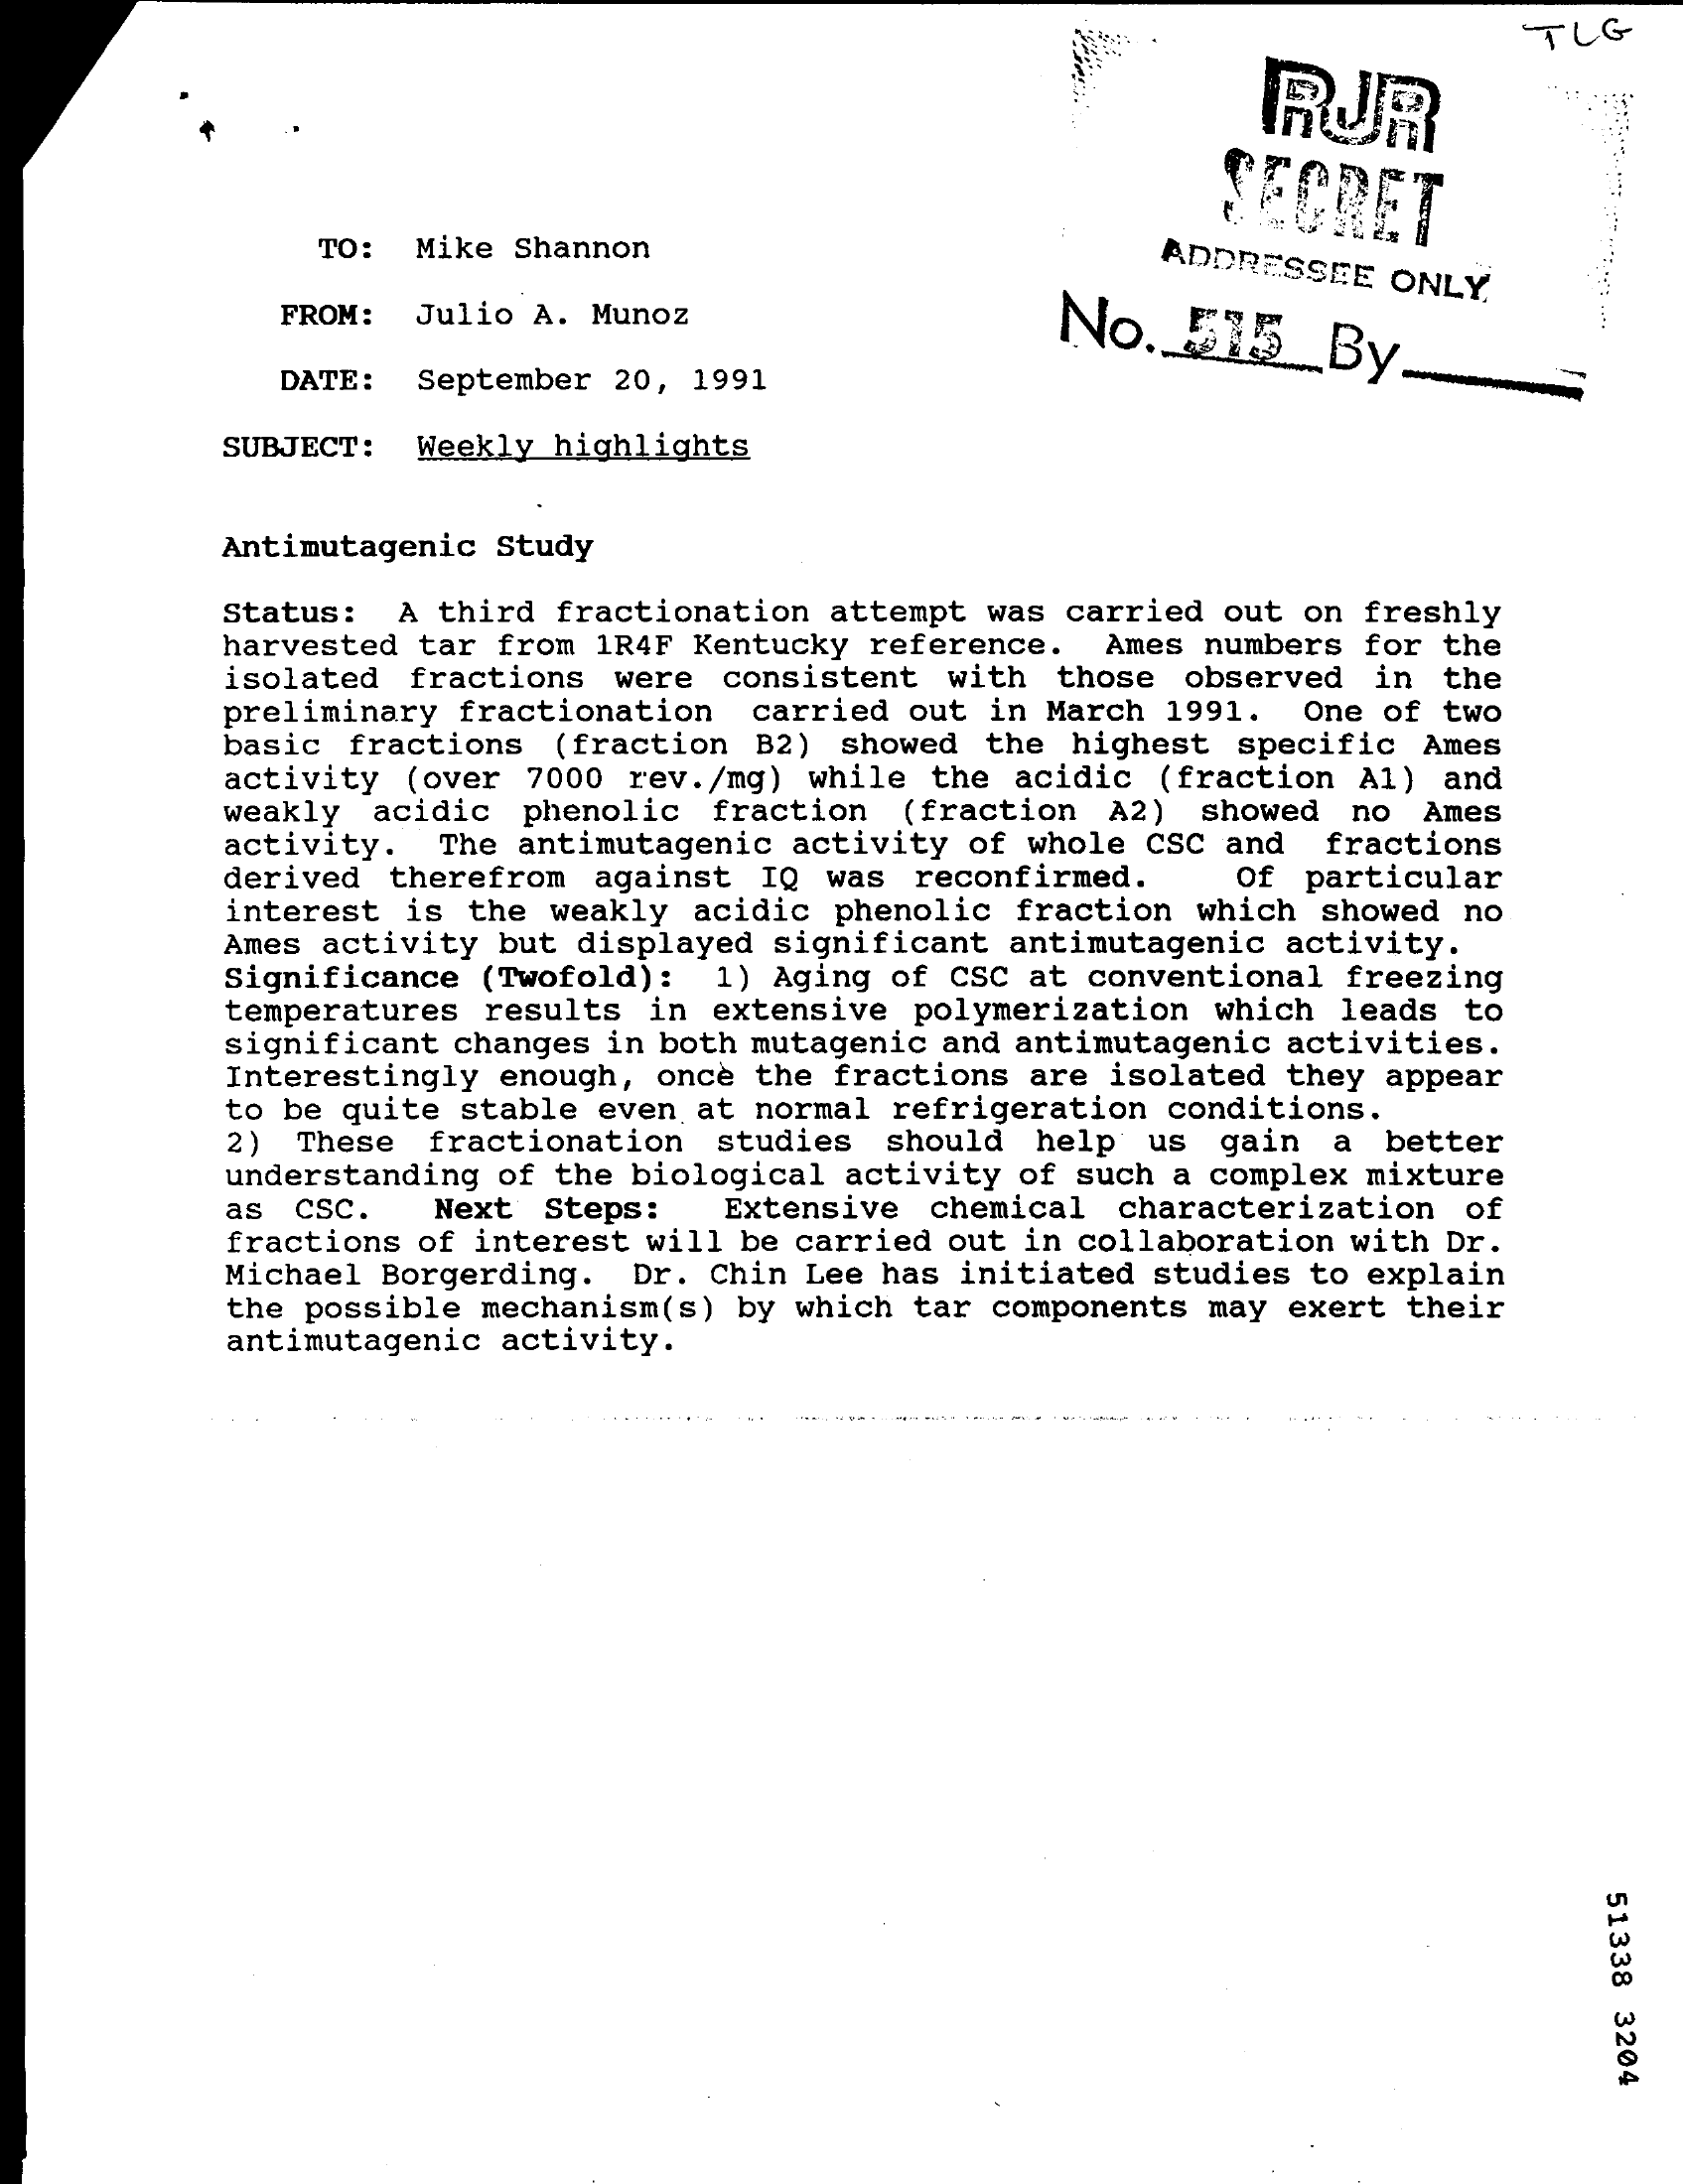
TLG
     RJR
     SECRET
     TO:  Mike Shannon    ADDRESSEE  ONLY.
     FROM: Julio A. Munoz    No.   515_By.
     DATE: September 20, 1991
     SUBJECT: Weekly highlights
     Antimutagenic Study
     Status: A third fractionation attempt was carried out on freshly
     harvested tar from 1R4F Kentucky reference. Ames numbers for the
     isolated fractions were consistent with those observed in the
     preliminary fractionation carried out in March 1991. One of two
     basic fractions (fraction B2) showed the highest specific Ames
     activity (over 7000 rev./mg) while the acidic (fraction A1) and
     weakly acidic phenolic fraction (fraction A2) showed no Ames
     activity. The antimutagenic activity of whole CSC and fractions
     derived therefrom against IQ was reconfirmed.   Of particular
     interest is the weakly acidic phenolic fraction which showed no
     Ames activity but displayed significant antimutagenic activity.
     Significance (Twofold): 1) Aging of CSC at conventional freezing
     temperatures results in extensive polymerization which leads to
     significant changes in both mutagenic and antimutagenic activities.
     Interestingly enough, once the fractions are isolated they appear
     to be quite stable even at normal refrigeration conditions.
     2) These fractionation studies should help us  gain a better
     understanding of the biological activity of such a complex mixture
     Next Steps:  Extensive chemical characterization of
     fractions of interest will be carried out in collaboration with Dr.
     as CSC.
     Michael Borgerding. Dr. Chin Lee has initiated studies to explain
     the possible mechanism(s) by which tar components may exert their
     antimutagenic activity.
     51338
     3204